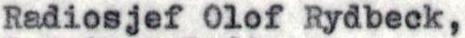
Radiosjef Olof Rydbeck,